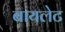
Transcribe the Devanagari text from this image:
बायलेट